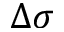
\Delta \sigma